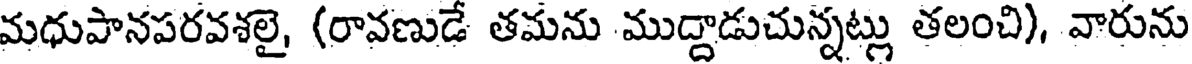
మధుపానపరవశలై, (రావణుడే తమను ముద్దాడుచున్నట్లు తలంచి), వారును